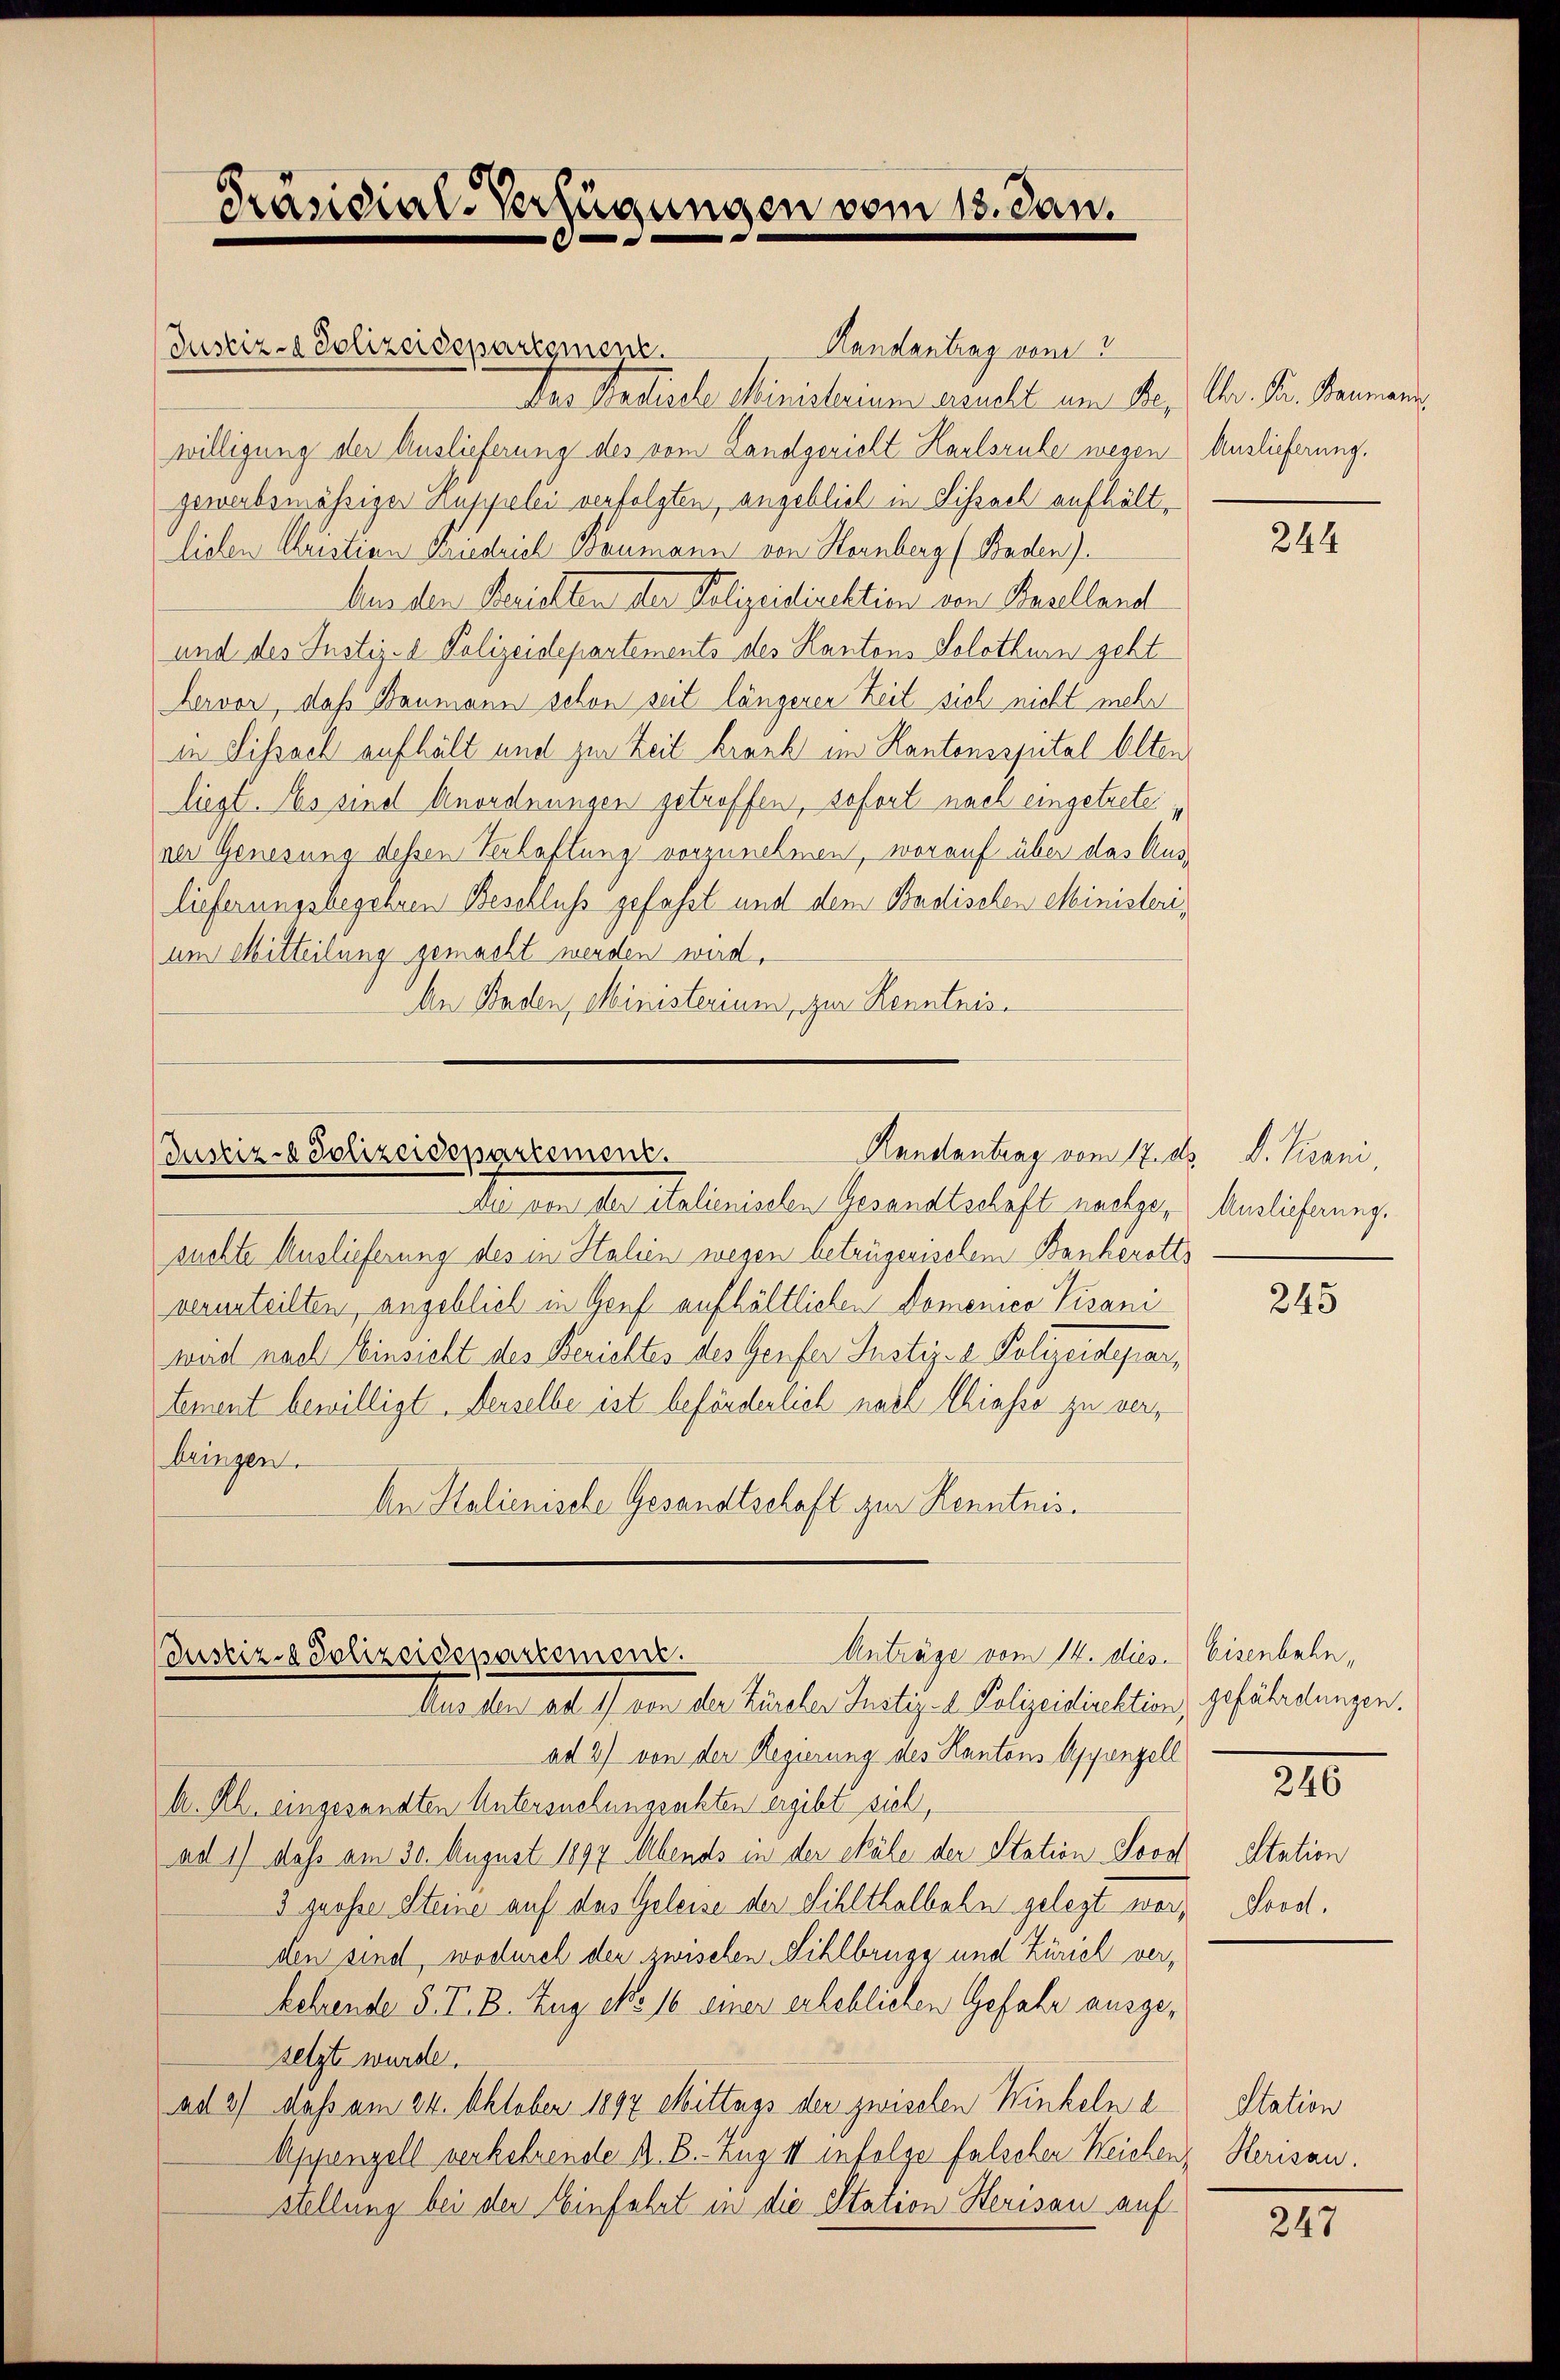
Randantrag vom 3
Justiz- & Polizeideparigment.
Der Realische Ministerium sucht ein Se. Chr. Dr. Baumann
willigung der Auslieferung des vom Landgericht Harlsruhe wegen Auslieferung.
gewerbsmässiger auspielei verfolgten, angeblieb in Lissach aufhältliehen Christian Friedrich Baumann von Heinberg (Baden)
Aus den Serietten der Polizeidirektion von Baselland
und des Justiz- & Polizeidepartements des Kantons Solothurn geht
hervor, daß Baumann schon seit längerer Zeit sich nicht mehr
in Lissach aufhält und zur Zeit krank im Kantonsspital Alten
liegt. Es sind Anordnungen getroffen, sofort nach eingetrete
ner Genesung dessen Verhaftung vorzunehmen, worauf über das Auslieferungsbegehren Beschluss gefasst und dem Badischen Ministeri,
um Mitteilung gemacht werden wird.
An Baden, Ministerium, zur Kenntnis¬

Präsidial-Verfügungen vom 13. Jan.
d

Justiz- & Polizeidepartement.

Handantrag vom 17. ds. D. Pisani,
wie von der italienischen Gesandtschaft nachge-Auslieferung.
suchte Auslieferung des in Halien wegen betrügerischem Bankerotts
verurteilten, angeblieb in Genf aufhältlichen Domenico Pirani
wird nach Einsicht des Berichtes des Genfer Justiz- & Polizeidepartement bewilligt. Derselbe ist beförderlich nach Chiasso zu verbringen.
An Stalienische Gesandtschaft zur Kenntnis¬

Anträge vom 14. dies. Eisenbahn,
Justiz- & Polizeidepartement.
Aus den ad 1) von der Zürcher Justiz- & Polizeidirektion, gefährdungen.

ad 2) von der Regierung des Kantons Appenzell
A. Rh. eingesandten Untersuchungsakten ergibt sich,
ad 1) dass am 30. August 1897 Abends in der Skale der Station Jovol
3 grosse Steine auf das Geleise der Sihlthalbeln gelegt worden sind, wodurch der zwischen Sihlbrugg und Zürich verkehrende 5. T. B. Zug No. 16 einer erheblichen Gefahr ausgessetzt wurde.
ad 2) dass am 24. Oktober 1897 Mittags der zwischen Winkeln e
Appenzell verkehrende A. B. Zug 11 infolge falschen Weichen Herisau.
stellung bei der Einfahrt in die Station Herisau auf

244

245

210

Station
Sonst.

Station

247